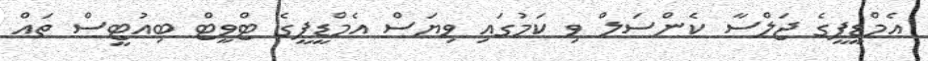
އެމްޑީޕީގެ ޖަލްސާ ކެންސަލް ވި ކަމުގައި ވިޔަސް އެމްޑީޕީގެ ޓްވީޓް ބިއުޓީސް ތައް